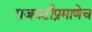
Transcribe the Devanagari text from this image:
राजवटीप्रमाणेच